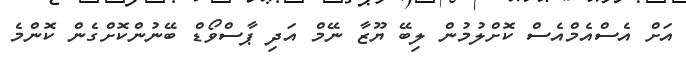
އަށް އެސްއެމްއެސް ކޮށްލުމުން ލިބޭ ޔޫޒާ ނޭމް އަދި ޕާސްވޯޑް ބޭނުންކޮށްގެން ކޮންމެ